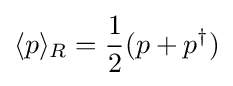
\langle p\rangle _{R}={\frac {1}{2}}(p+p^{\dagger })